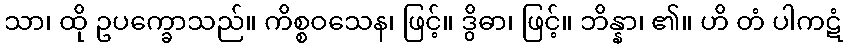
သာ၊ ထို ဥပက္ခောသည်။ ကိစ္စဝသေန၊ ဖြင့်။ ဒွိဓာ၊ ဖြင့်။ ဘိန္နာ၊ ၏။ ဟိ တံ ပါကဋံ